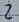
Text: 2